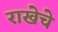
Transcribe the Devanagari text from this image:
राखेचे